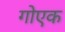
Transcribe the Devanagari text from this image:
गोएक